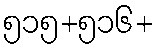
၅၁၅+၅၁၆+